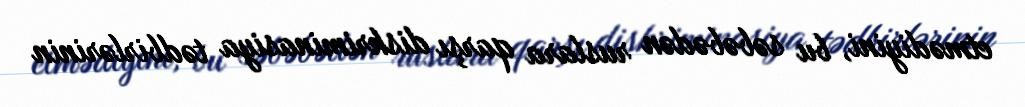
etmədiyini, bu səbəbədən ruslara qarşı diskriminasiya tədbirlərinin